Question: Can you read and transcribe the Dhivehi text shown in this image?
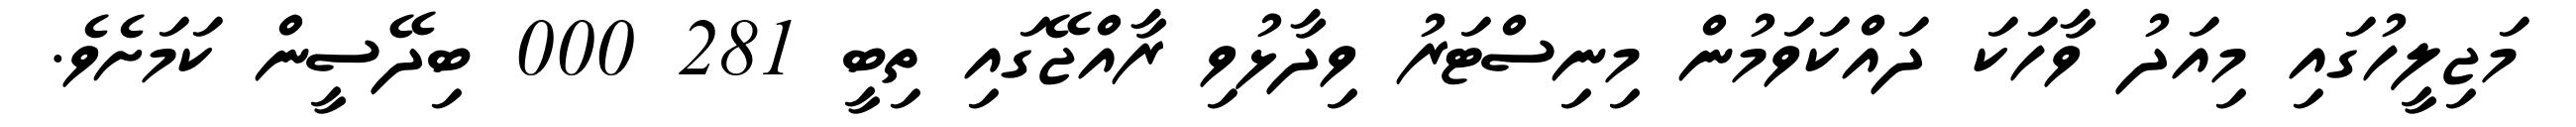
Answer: މަޖިލީހުގައި މިއަދު ވާހަކަ ދައްކަވަމުން މިނިސްޓަރު ވިދާޅުވި ރާއްޖޭގައި ތިބީ 281 000 ބިދޭސީން ކަމަށެވެ.